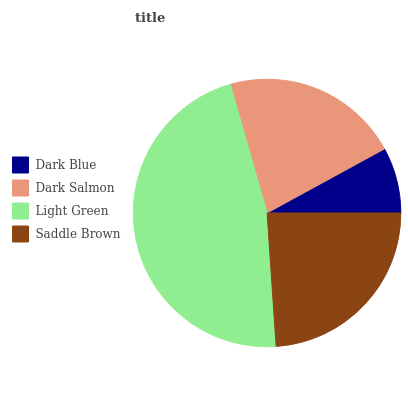
| Dark Blue | Dark Salmon | Light Green | Saddle Brown |
 | --- | --- | --- | --- |
 | 7.96% | 21.5% | 46.7% | 23.9% |